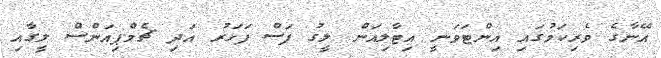
އޭނާގެ ވެރިކަމުގައި އިންޓަވަނީ އިޓާލިއަން ލީގު ފަސް ފަހަރު އަދި ޗެމްޕިއަންސް ލީގާއި